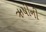
ઋષીની